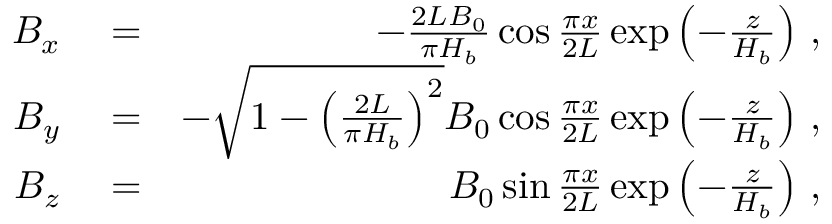
\begin{array} { r l r } { B _ { x } } & { { } = } & { - \frac { 2 L B _ { 0 } } { \pi H _ { b } } \cos { \frac { \pi x } { 2 L } } \exp \left( { - \frac { z } { H _ { b } } } \right) \, , } \\ { B _ { y } } & { { } = } & { - \sqrt { 1 - \left( \frac { 2 L } { \pi H _ { b } } \right) ^ { 2 } } B _ { 0 } \cos { \frac { \pi x } { 2 L } } \exp \left( { - \frac { z } { H _ { b } } } \right) \, , } \\ { B _ { z } } & { { } = } & { B _ { 0 } \sin { \frac { \pi x } { 2 L } } \exp \left( { - \frac { z } { H _ { b } } } \right) \, , } \end{array}